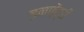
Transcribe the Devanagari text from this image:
इनफ़ेंट्री